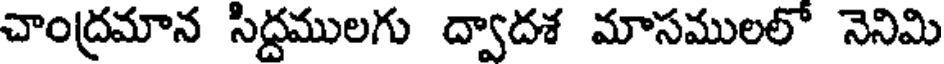
చాంద్రమాన సిద్దములగు ద్వాదశ మాసములలో నెనిమి